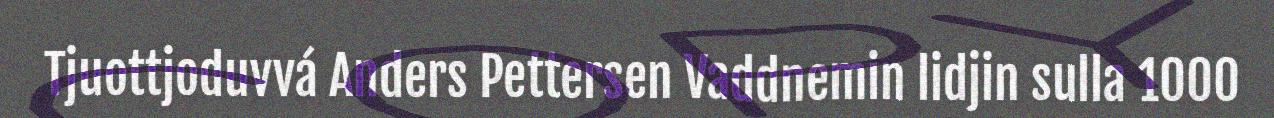
Tjuottjoduvvá Anders Pettersen Vaddnemin lidjin sulla 1000